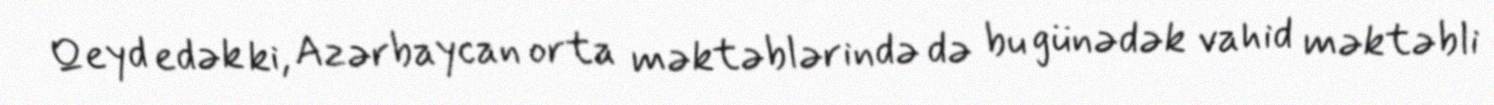
Qeyd edək ki, Azərbaycan orta məktəblərində də bu günədək vahid məktəbli